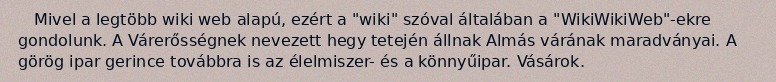
Mivel a legtöbb wiki web alapú, ezért a "wiki" szóval általában a "WikiWikiWeb"-ekre gondolunk. A Várerősségnek nevezett hegy tetején állnak Almás várának maradványai. A görög ipar gerince továbbra is az élelmiszer- és a könnyűipar. Vásárok.